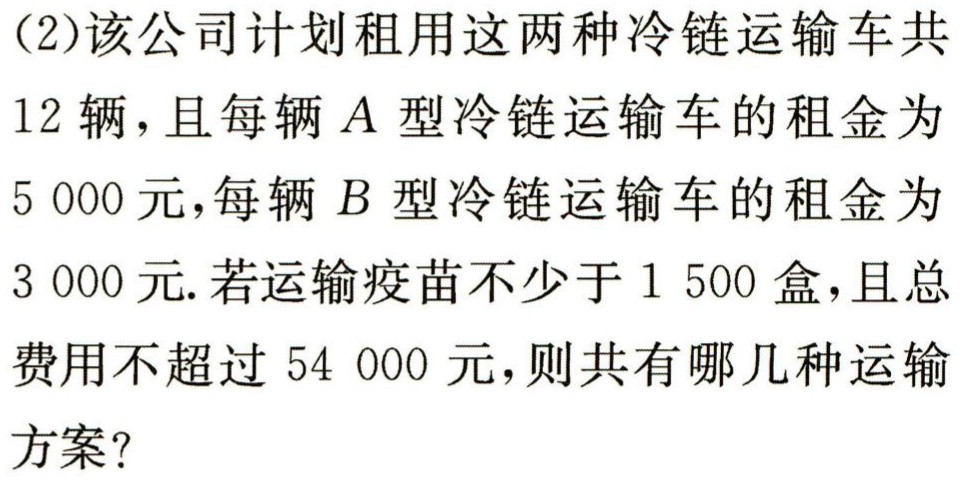
(2)该公司计划租用这两种冷链运输车共

12 辆，且每辆 \(A\) 型冷链运输车的租金为

5 000 元，每辆 \(B\) 型冷链运输车的租金为

3 000 元. 若运输疫苗不少于 1 500 盒，且总

费用不超过 54 000 元，则共有哪几种运输

方案?